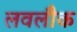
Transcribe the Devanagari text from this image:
लवलौक